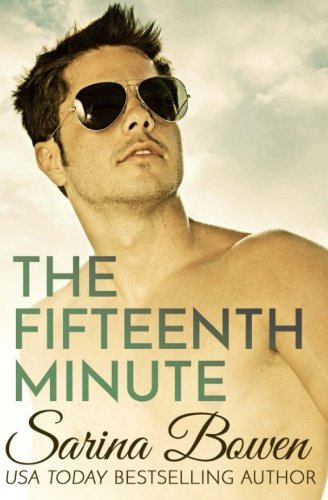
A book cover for The Fifteenth Minute (The Ivy Years) (Volume 5); Sarina Bowen; Romance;